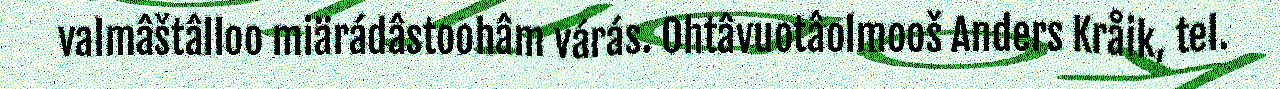
valmâštâlloo miärádâstoohâm várás. Ohtâvuotâolmooš Anders Kråik, tel.